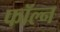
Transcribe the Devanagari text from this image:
फॉल्न